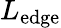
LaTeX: L_{\mathrm{edge}}